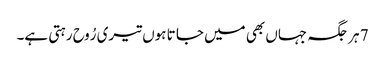
7 ہر جگہ جہاں بھی میں جا تا ہوں تیری رُوح رہتی ہے۔